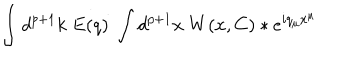
\int d ^ { p + 1 } k \; E ( q ) \; \int d ^ { p + 1 } x \; W ( x , C ) \ast e ^ { i q _ { \mu } x ^ { \mu } }